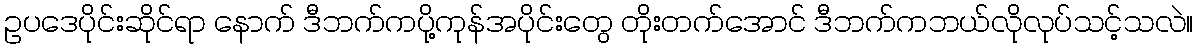
ဥပဒေပိုင်းဆိုင်ရာ နောက် ဒီဘက်ကပို့ကုန်အပိုင်းတွေ တိုးတက်အောင် ဒီဘက်ကဘယ်လိုလုပ်သင့်သလဲ။